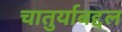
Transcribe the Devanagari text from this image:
चातुर्याबद्दल